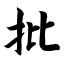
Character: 批